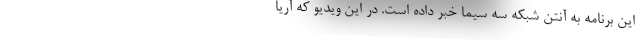
این برنامه به آنتن شبکه سه سیما خبر داده است. در این ویدیو که آریا